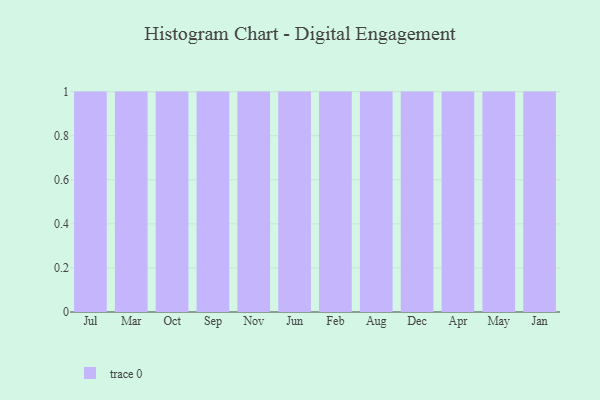
{"axis": {"x": "Month", "y": "Temperature (°C)"}, "legend": [""], "data": [{"x": "Jul", "y": 81, "type": ""}, {"x": "Mar", "y": 72, "type": ""}, {"x": "Oct", "y": 56, "type": ""}, {"x": "Sep", "y": 24, "type": ""}, {"x": "Nov", "y": 81, "type": ""}, {"x": "Jun", "y": 62, "type": ""}, {"x": "Feb", "y": 100, "type": ""}, {"x": "Aug", "y": 96, "type": ""}, {"x": "Dec", "y": 69, "type": ""}, {"x": "Apr", "y": 90, "type": ""}, {"x": "May", "y": 73, "type": ""}, {"x": "Jan", "y": 70, "type": ""}]}